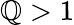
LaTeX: \mathbb{Q}>1